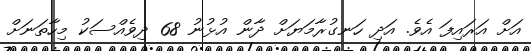
އަށް އަރައިފަ އެވެ. އަދި ހަނގުރާމަޔަށް ދާން އުޅުނު 68 ދިވެއްސަކު މިހާތަނަށް